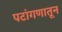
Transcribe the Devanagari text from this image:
पटांगणातून